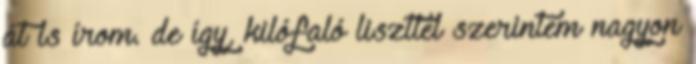
át is írom. de így, kilófaló liszttel szerintem nagyon